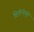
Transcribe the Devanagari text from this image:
शिगोनोबुने